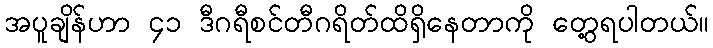
အပူချိန်ဟာ ၄၁ ဒီဂရီစင်တီဂရိတ်ထိရှိနေတာကို တွေ့ရပါတယ်။